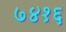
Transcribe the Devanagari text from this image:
७४१६